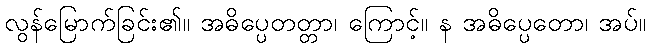
လွန်မြောက်ခြင်း၏။ အဓိပ္ပေတတ္တာ၊ ကြောင့်။ န အဓိပ္ပေတော၊ အပ်။